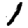
Digit: 1